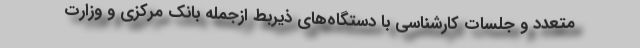
متعدد و جلسات کارشناسی با دستگاه‌های ذیربط ازجمله بانک مرکزی و وزارت